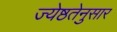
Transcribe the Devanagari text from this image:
ज्येष्ठतेनुसार